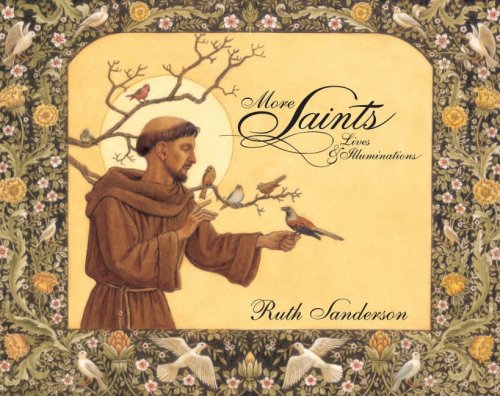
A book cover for More Saints: Lives and Illuminations; Ruth Sanderson; Teen & Young Adult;